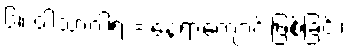
၆။ ဝါသာဂါရ = နေရာကျောင်းဖြစ်ခြင်း၊